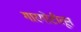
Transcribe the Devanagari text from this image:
गारगोटीतून